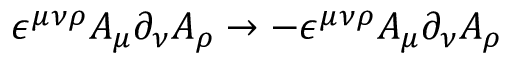
\epsilon ^ { \mu \nu \rho } A _ { \mu } \partial _ { \nu } A _ { \rho } \to - \epsilon ^ { \mu \nu \rho } A _ { \mu } \partial _ { \nu } A _ { \rho }